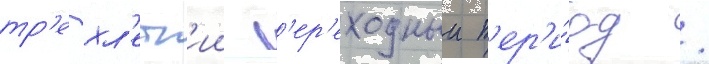
тр'ехл'етн'ии п'ер'еходныи п'ер'и́од /